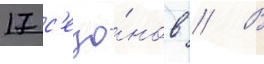
17 с'езо́нов // В